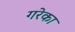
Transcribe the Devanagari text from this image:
गरेका